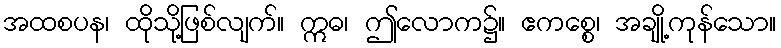
အထစပန၊ ထိုသို့ဖြစ်လျက်။ ဣဓ၊ ဤလောက၌။ ဧကစ္စေ၊ အချို့ကုန်သော။